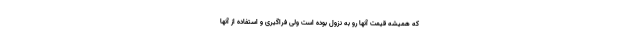
که همیشه قیمت آنها رو به نزول بوده است ولی فراگیری و استفاده از آنها